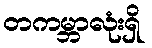
တကမ္ဘာလုံးရှိ